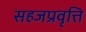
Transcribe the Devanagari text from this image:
सहजप्रवृत्ति